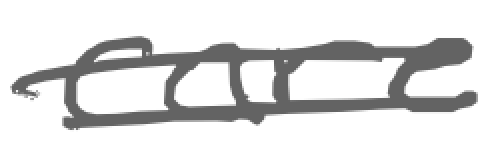
Text: care
Cross-out: double-line
Writing tool: digital_gray